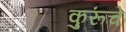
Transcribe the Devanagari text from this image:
कुरूंचे